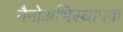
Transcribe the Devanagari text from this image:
नैनोअभिस्थापक